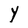
Character: Y